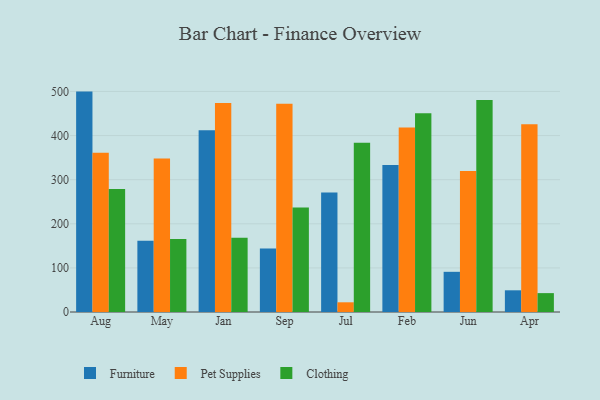
{"axis": {"x": "Month", "y": "Population (Million)"}, "legend": ["Clothing", "Furniture", "Pet Supplies"], "data": [{"x": "Aug", "y": 499.7, "type": "Furniture"}, {"x": "Aug", "y": 361.3, "type": "Pet Supplies"}, {"x": "Aug", "y": 278.7, "type": "Clothing"}, {"x": "May", "y": 161.8, "type": "Furniture"}, {"x": "May", "y": 348.2, "type": "Pet Supplies"}, {"x": "May", "y": 165.6, "type": "Clothing"}, {"x": "Jan", "y": 411.9, "type": "Furniture"}, {"x": "Jan", "y": 473.7, "type": "Pet Supplies"}, {"x": "Jan", "y": 168.2, "type": "Clothing"}, {"x": "Sep", "y": 143.8, "type": "Furniture"}, {"x": "Sep", "y": 471.9, "type": "Pet Supplies"}, {"x": "Sep", "y": 237.0, "type": "Clothing"}, {"x": "Jul", "y": 270.7, "type": "Furniture"}, {"x": "Jul", "y": 22.0, "type": "Pet Supplies"}, {"x": "Jul", "y": 383.7, "type": "Clothing"}, {"x": "Feb", "y": 333.5, "type": "Furniture"}, {"x": "Feb", "y": 418.5, "type": "Pet Supplies"}, {"x": "Feb", "y": 450.6, "type": "Clothing"}, {"x": "Jun", "y": 91.1, "type": "Furniture"}, {"x": "Jun", "y": 319.7, "type": "Pet Supplies"}, {"x": "Jun", "y": 480.7, "type": "Clothing"}, {"x": "Apr", "y": 49.2, "type": "Furniture"}, {"x": "Apr", "y": 425.9, "type": "Pet Supplies"}, {"x": "Apr", "y": 42.8, "type": "Clothing"}]}